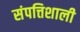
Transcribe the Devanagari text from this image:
संपत्तिशाली